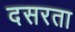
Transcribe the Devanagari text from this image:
दसरता